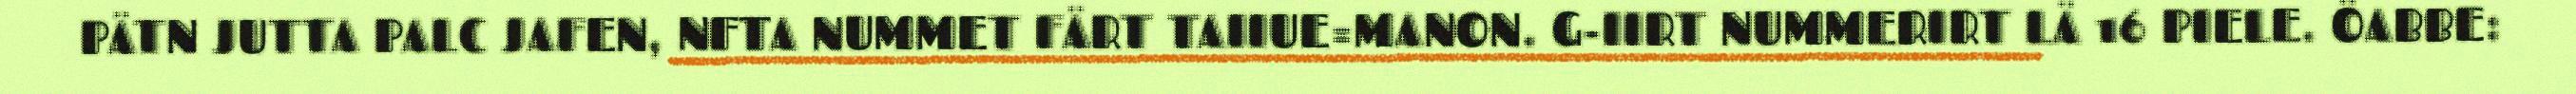
PÄTN JUTTA PALC JAFEN, NFTA NUMMET FÄRT TAIIUE=MANON. G-IIRT NUMMERIRT LÄ 16 PIELE. ÖABBE: